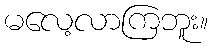
မလေ့လာကြဘူး။